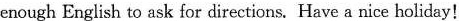
enough English to ask for directions. Have a nice holiday!